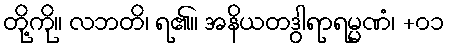
တို့ကို။ လဘတိ၊ ရ၏။ အနိယတဒွါရာရမ္မဏံ၊ +၀၁